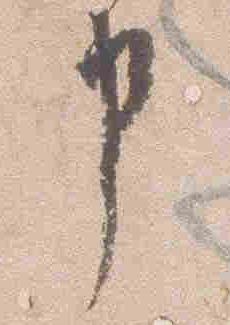
申